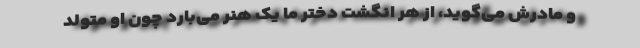
و مادرش می‌گوید، از هر انگشت دختر ما یک هنر می‌بارد چون او متولد